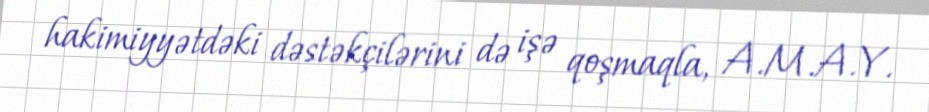
hakimiyyətdəki dəstəkçilərini də işə qoşmaqla, A.M.A.Y.